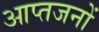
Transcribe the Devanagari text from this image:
आप्तजनों